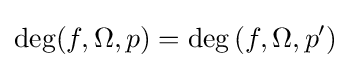
\deg(f,\Omega ,p)=\deg \left(f,\Omega ,p'\right)